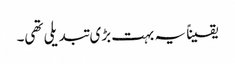
یقیناً یہ بہت بڑی تبدیلی تھی۔